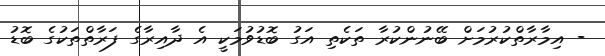
- އިމާރާތްކުރުމަށް ބޭނުންކުރާ ތަކެތި އަގު ބޮޑުވުމަކީ އެ ދާއިރާގެ ފަރާތްތަކުގެ ބޮޑު